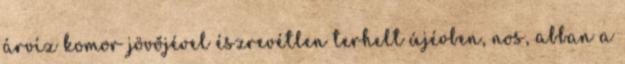
árvíz komor jövőjével észrevétlen terhelt újévben, nos, abban a